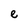
Character: e